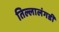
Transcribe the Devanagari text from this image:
तिल्लालंगडी